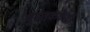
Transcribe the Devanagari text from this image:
पुस्तककेंद्री